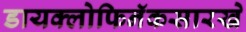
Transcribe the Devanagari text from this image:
डायक्लोफिनॅकसारखे